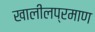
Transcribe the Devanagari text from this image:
खालीलप्रमाण